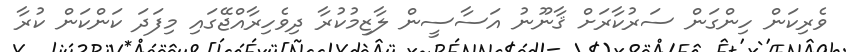
ވެރިކަން ހިންގަން ސަރުކާރަށް ޤާނޫނު އަސާސީން ލާޒިމުކުރާ ދިވެހިރާއްޖޭގައި މިފަދަ ކަންކަން ކުރާ